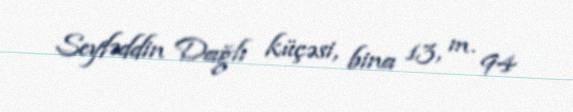
Seyfəddin Dağlı küçəsi, bina 13, m. 94